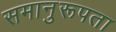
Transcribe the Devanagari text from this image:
समानुरूपता